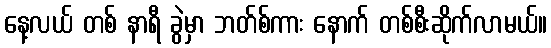
နေ့လယ် တစ် နာရီ ခွဲမှာ ဘတ်စ်ကား နောက် တစ်စီးဆိုက်လာမယ်။